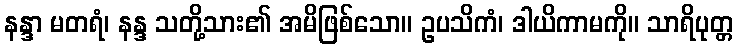
နန္ဒာ မတရံ၊ နန္ဒ သတို့သား၏ အမိဖြစ်သော။ ဥပသိကံ၊ ဒါယိကာမကို။ သာရိပုတ္တ